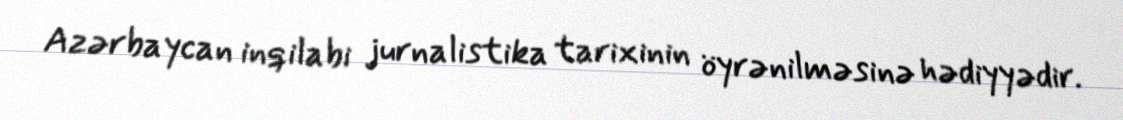
Azərbaycan inqilabi jurnalistika tarixinin öyrənilməsinə hədiyyədir.